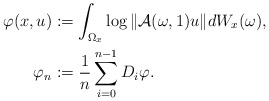
\begin{align*} \varphi(x,u)&:= \int_{\Omega_x} \log{\|\mathcal A(\omega,1)u\|} dW_x(\omega),\\\varphi_n&:={1\over n}\sum_{i=0}^{n-1}D_i\varphi. \end{align*}